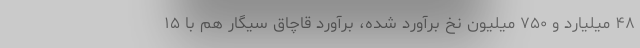
۴۸ میلیارد و ۷۵۰ میلیون نخ برآورد شده، برآورد قاچاق سیگار هم با ۱۵